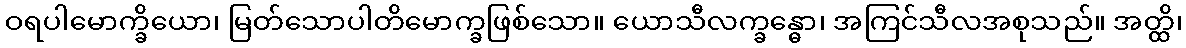
ဝရပါမောက္ခိယော၊ မြတ်သောပါတိမောက္ခဖြစ်သော။ ယောသီလက္ခန္ဓော၊ အကြင်သီလအစုသည်။ အတ္ထိ၊